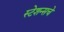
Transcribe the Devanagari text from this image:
स्टेशन्सचे